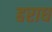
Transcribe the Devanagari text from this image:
हराध